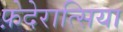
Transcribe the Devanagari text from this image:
फ़ेदेरात्सिया